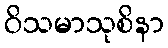
ဝိသမာသုစိနာ